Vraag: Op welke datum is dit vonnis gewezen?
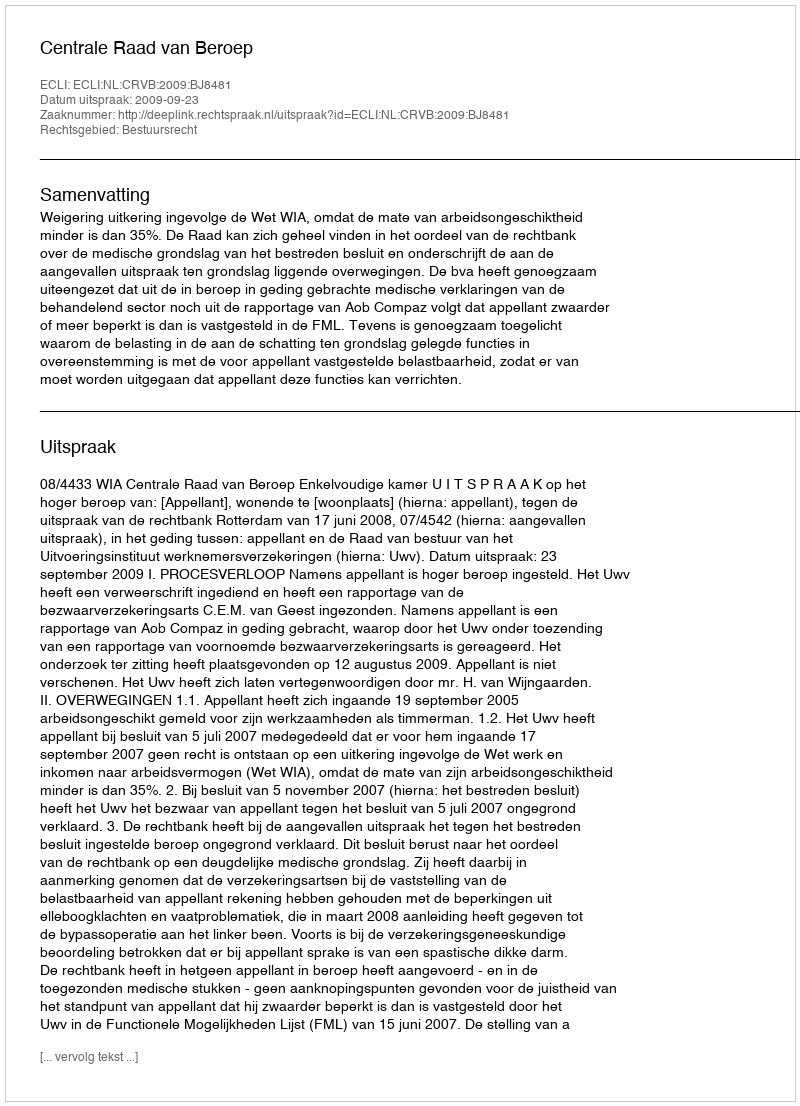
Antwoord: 2009-09-23